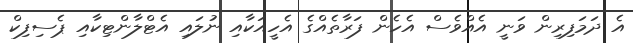
އެ ދަމަފިރިން ވަނީ އެއްވެސް އެހެން ފަރާތެއްގެ އެހީއަކާއި ނުލައި އެޓްލާންޓިކާއި ޕެސިފިކް